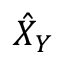
\hat { X } _ { Y }